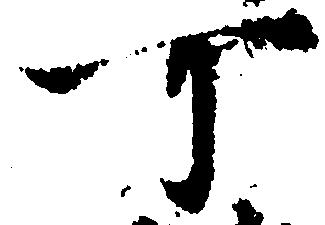
可